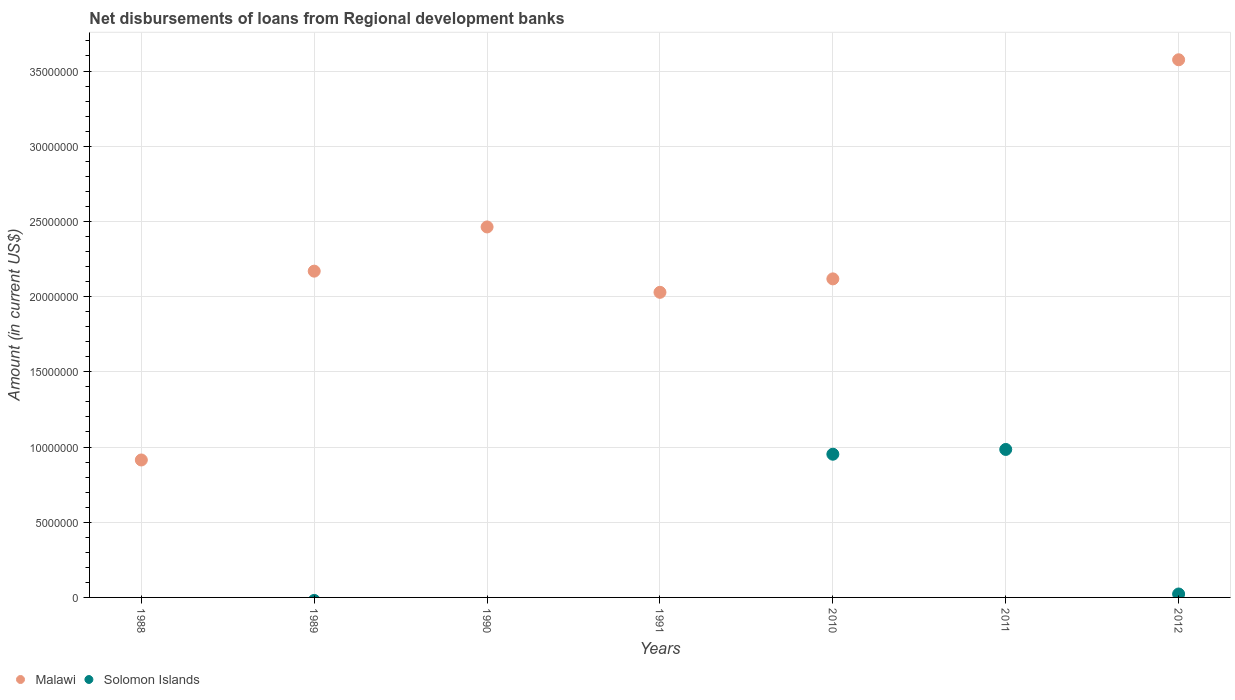
| Years | Malawi | Solomon Islands |
 | --- | --- | --- |
 | 1988 | 9.14e+06 | -4.03e+05 |
 | 1989 | 2.17e+07 | -2e+05 |
 | 1990 | 2.46e+07 | -8.49e+05 |
 | 1991 | 2.03e+07 | -6.42e+05 |
 | 2010 | 2.12e+07 | 9.52e+06 |
 | 2011 | -7.76e+05 | 9.84e+06 |
 | 2012 | 3.57e+07 | 2.28e+05 |